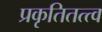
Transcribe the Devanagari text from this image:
प्रकृतितत्त्व